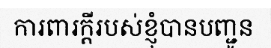
ការពារក្តីរបស់ខ្ញុំបានបញ្ជូន